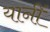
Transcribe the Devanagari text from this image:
यानीं